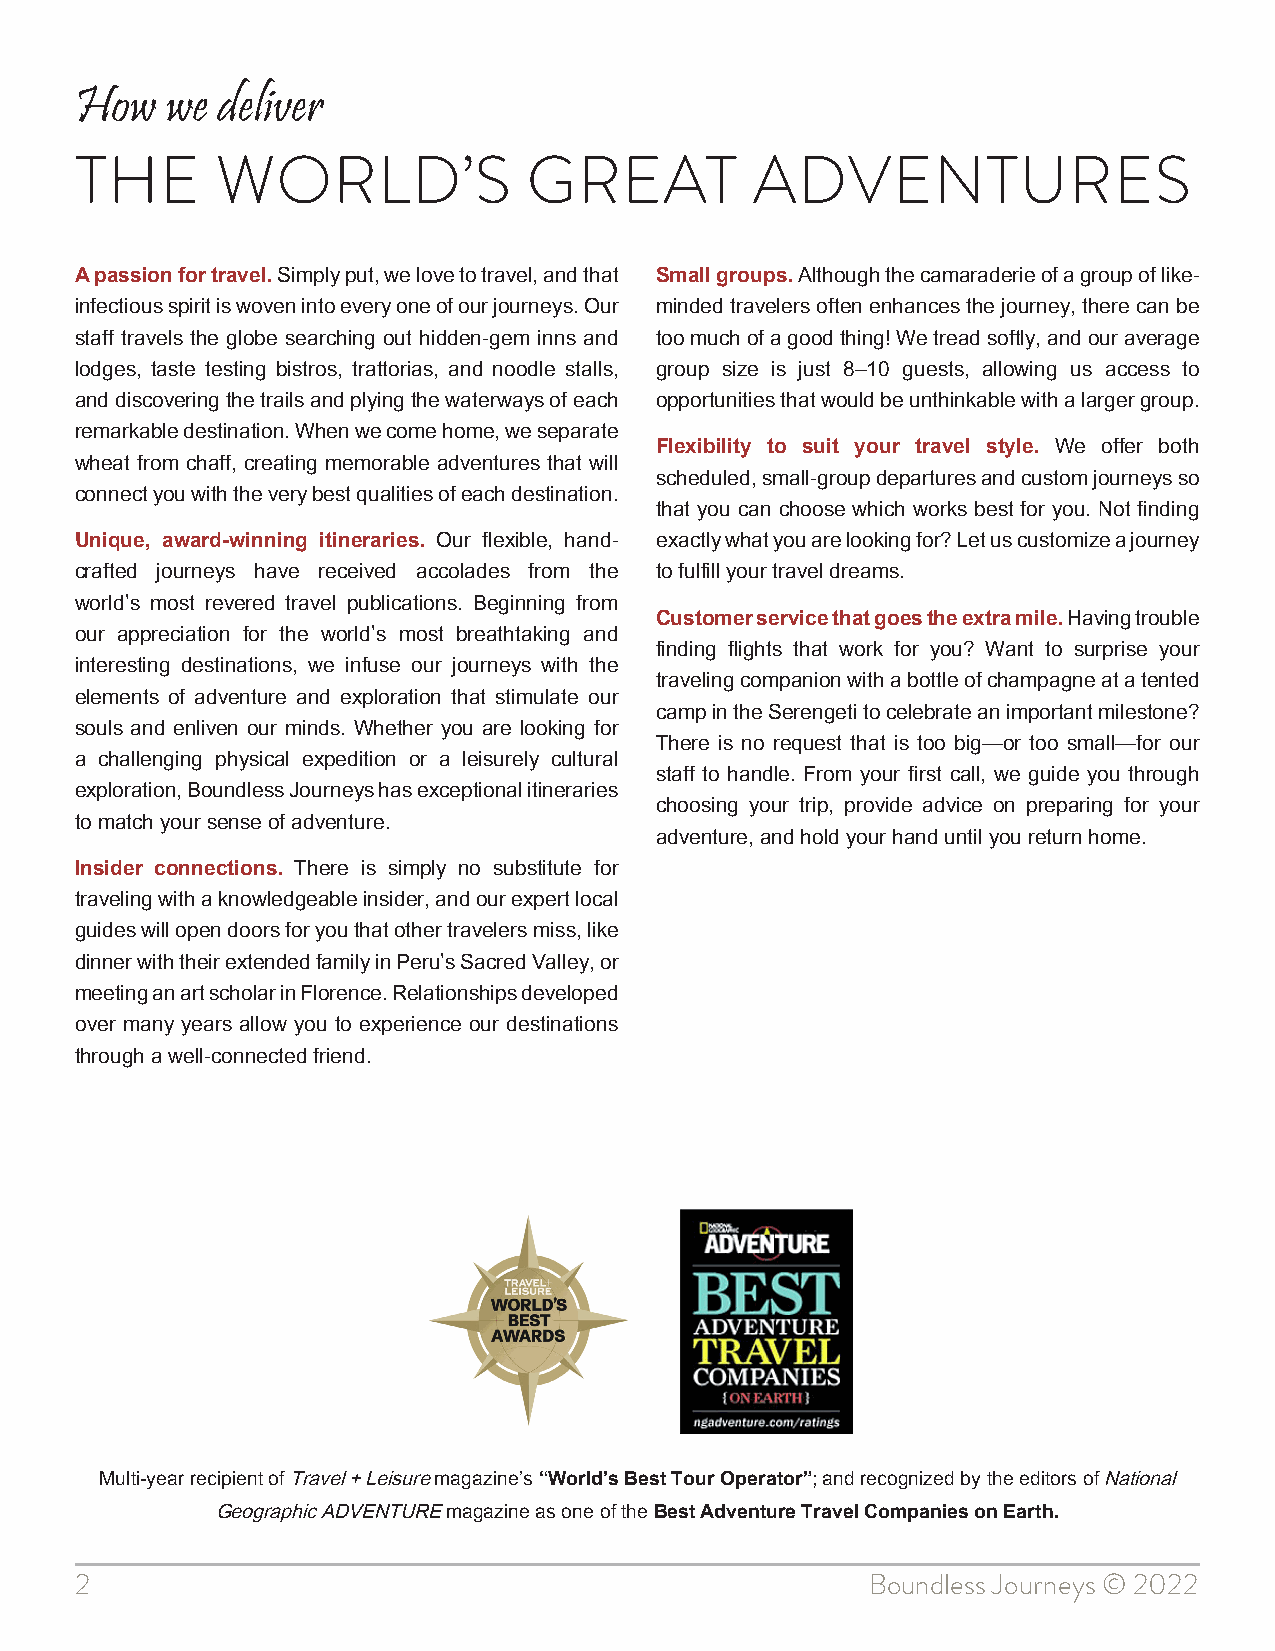
How   we deliver
 THE      WORLD’S              GREAT          ADVENTURES
 A passion for travel. Simply put, we love to travel, and that Small groups. Although the camaraderie of a group of like-
 infectious spirit is woven into every one of our journeys. Our minded travelers often enhances the journey, there can be
 staff travels the globe searching out hidden-gem inns and too much of a good thing! We tread softly, and our average
 lodges, taste testing bistros, trattorias, and noodle stalls, group size is just 8–10 guests, allowing us access to
 and discovering the trails and plying the waterways of each opportunities that would be unthinkable with a larger group.
 remarkable destination. When we come home, we separate
 Flexibility to suit your travel style. We offer both
 wheat from chaff, creating memorable adventures that will
 scheduled, small-group departures and custom journeys so
 connect you with the very best qualities of each destination.
 that you can choose which works best for you. Not finding
 Unique, award-winning itineraries. Our flexible, hand- exactly what you are looking for? Let us customize a journey
 crafted journeys have received accolades from the to fulfill your travel dreams.
 world’s most revered travel publications. Beginning from
 Customer service that goes the extra mile. Having trouble
 our appreciation for the world’s most breathtaking and
 finding flights that work for you? Want to surprise your
 interesting destinations, we infuse our journeys with the
 traveling companion with a bottle of champagne at a tented
 elements of adventure and exploration that stimulate our
 camp in the Serengeti to celebrate an important milestone?
 souls and enliven our minds. Whether you are looking for
 There is no request that is too big—or too small—for our
 a challenging physical expedition or a leisurely cultural
 staff to handle. From your first call, we guide you through
 exploration, Boundless Journeys has exceptional itineraries
 choosing your trip, provide advice on preparing for your
 to match your sense of adventure.
 adventure, and hold your hand until you return home.
 Insider connections. There is simply no substitute for
 traveling with a knowledgeable insider, and our expert local
 guides will open doors for you that other travelers miss, like
 dinner with their extended family in Peru’s Sacred Valley, or
 meeting an art scholar in Florence. Relationships developed
 over many years allow you to experience our destinations
 through a well-connected friend.
 Multi-year recipient of Travel + Leisure magazine’s “World’s Best Tour Operator”; and recognized by the editors of National
 Geographic ADVENTURE magazine as one of the Best Adventure Travel Companies on Earth.
 2                                                    Boundless Journeys © 2022